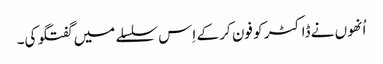
اُنھوں نے ڈاکٹر کو فون کر کے اِس سلسلے میں گفتگو کی۔